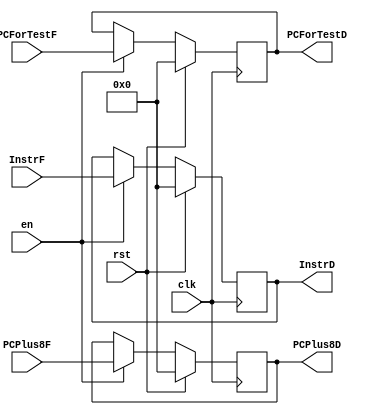
`timescale 1ns / 1ps
`default_nettype none 
module pipeRegD (
    input wire clk, rst, en,
    input wire [31:0] InstrF, PCPlus8F, PCForTestF,

    output reg [31:0] InstrD, PCPlus8D, PCForTestD
);
    always @(posedge clk) begin
        if (rst) begin
            InstrD <= 32'd0;
            PCPlus8D <= 32'd0;
            PCForTestD <= 32'd0;
        end else if (en) begin
            InstrD <= InstrF;
            PCPlus8D <= PCPlus8F;
            PCForTestD <= PCForTestF;
        end
    end
endmodule

module pipeRegE (
    input wire clk, rst,

    input wire [2:0] PCSrcD,
    input wire SignImmD,
    input wire [2:0] ByteEnControlD,
    input wire [2:0] MemDataControlD,
    input wire RegWriteD,
    input wire [2:0] RegDataSrcD,
    input wire [2:0]RegDstD,
    input wire [1:0] TuseD,
    input wire [1:0]TnewD,
    input wire [3:0] ALUControlD,
    input wire ALUSrcD,
    input wire StartD,
    input wire [3:0] MDUOPD,
    input wire [1:0] ReadHILOD,
    input wire [3:0] TimeD,

    input wire [31:0] RD1D,
    input wire [31:0] PCPlus8D,
    input wire [31:0] RD2D,
    input wire [31:0] PCForTestD,
    input wire [31:0] Imm32D,
    input wire [4:0] Instr25_21D,
    input wire [4:0] Instr20_16D,
    input wire [4:0] Instr15_11D,


    output reg [2:0] PCSrcE,
    output reg SignImmE,
    output reg [2:0] ByteEnControlE,
    output reg [2:0] MemDataControlE,
    output reg RegWriteE,
    output reg [2:0] RegDataSrcE,
    output reg [2:0] RegDstE,
    output reg [1:0] TuseE,
    output reg [1:0] TnewE,
    output reg [3:0] ALUControlE,
    output reg ALUSrcE,
    output reg StartE,
    output reg [3:0] MDUOPE,
    output reg [1:0] ReadHILOE,
    output reg [3:0] TimeE,

    output reg [31:0] RD1E,
    output reg [31:0] PCPlus8E,
    output reg [31:0] RD2E,
    output reg [31:0] PCForTestE,
    output reg [31:0] Imm32E,
    output reg [4:0] Instr25_21E,
    output reg [4:0] Instr20_16E,
    output reg [4:0] Instr15_11E
);
    always @(posedge clk) begin
        if (rst) begin
            PCSrcE <= 3'd0;
            SignImmE <= 1'd0;
            ByteEnControlE <= 3'd0;
            MemDataControlE <= 3'd0;
            RegWriteE <= 1'd0;
            RegDataSrcE <= 3'd0;
            RegDstE <= 3'd0;
            TuseE <= 2'd0; 
            TnewE <= 2'd0;
            ALUControlE <= 4'd0;
            ALUSrcE <= 1'd0;
            StartE <= 1'd0;
            MDUOPE <= 4'd0;
            ReadHILOE <= 2'd0;
            TimeE <= 4'd0;

            RD1E <= 32'd0;
            PCPlus8E <= 32'd0;
            RD2E <= 32'd0;
            PCForTestE <= 32'd0;
            Imm32E <= 32'd0;
            Instr25_21E <= 5'd0;
            Instr20_16E <= 5'd0;
            Instr15_11E <= 5'd0;
        end else begin
            PCSrcE <= PCSrcD;
            SignImmE <= SignImmD;
            ByteEnControlE <= ByteEnControlD;
            MemDataControlE <= MemDataControlD;
            RegWriteE <= RegWriteD;
            RegDataSrcE <= RegDataSrcD;
            RegDstE <= RegDstD;
            TuseE <= TuseD; 
            TnewE <= (TnewD == 2'd0) ? 2'd0 : (TnewD - 2'd1); 
            ALUControlE <= ALUControlD;
            ALUSrcE <= ALUSrcD;
            StartE <= StartD;
            MDUOPE <= MDUOPD;
            ReadHILOE <= ReadHILOD;
            TimeE <= TimeD;

            RD1E <= RD1D; 
            PCPlus8E <= PCPlus8D; 
            RD2E <= RD2D; 
            PCForTestE <= PCForTestD; 
            Imm32E <= Imm32D;
            Instr25_21E <= Instr25_21D;
            Instr20_16E <= Instr20_16D;
            Instr15_11E <= Instr15_11D;
        end
    end
endmodule

module pipeRegM (
    input wire clk, rst,
    
    input wire [2:0] PCSrcE,
    input wire SignImmE,
    input wire [2:0] ByteEnControlE,
    input wire [2:0] MemDataControlE,
    input wire RegWriteE,
    input wire [2:0] RegDataSrcE,
    input wire [2:0] RegDstE,
    input wire [1:0] TuseE,
    input wire [1:0] TnewE,
    input wire [3:0] ALUControlE,
    input wire ALUSrcE,
    input wire StartE,
    input wire [3:0] MDUOPE,
    input wire [1:0] ReadHILOE,
    input wire [3:0] TimeE,

    input wire [31:0] ALUResultE,
    input wire [31:0] PCPlus8E,
    input wire [31:0] PCForTestE,
    input wire [31:0] RD2ForwardResultE,
    input wire [4:0] WriteRegE,
    input wire [31:0] MDUResultE,


    output reg [2:0] PCSrcM,
    output reg SignImmM,
    output reg [2:0] ByteEnControlM,
    output reg [2:0] MemDataControlM,
    output reg RegWriteM,
    output reg [2:0] RegDataSrcM,
    output reg [2:0] RegDstM,
    output reg [1:0] TuseM,
    output reg [1:0] TnewM,
    output reg [3:0] ALUControlM,
    output reg ALUSrcM,
    output reg StartM,
    output reg [3:0] MDUOPM,
    output reg [1:0] ReadHILOM,
    output reg [3:0] TimeM,

    output reg [31:0] ALUResultM,
    output reg [31:0] PCPlus8M,
    output reg [31:0] PCForTestM,
    output reg [31:0] RD2ForwardResultM,
    output reg [4:0] WriteRegM,
    output reg [31:0] MDUResultM
);
    always @(posedge clk) begin
        if (rst) begin
            PCSrcM <= 3'd0;
            SignImmM <= 1'd0;
            ByteEnControlM <= 3'd0;
            MemDataControlM <= 3'd0;
            RegWriteM <= 1'd0;
            RegDataSrcM <= 3'd0;
            RegDstM <= 3'd0;
            TuseM <= 2'd0; 
            TnewM <= 2'd0;
            ALUControlM <= 4'd0;
            ALUSrcM <= 1'd0;
            StartM <= 1'd0;
            MDUOPM <= 4'd0;
            ReadHILOM <= 2'd0;
            TimeM <= 4'd0;

            ALUResultM <= 32'd0;
            PCPlus8M <= 32'd0;
            PCForTestM <= 32'd0;
            WriteRegM <= 5'd0;
            RD2ForwardResultM <= 32'd0;
            MDUResultM <= 32'd0;
        end else begin
            PCSrcM <= PCSrcE;
            SignImmM <= SignImmE;
            ByteEnControlM <= ByteEnControlE;
            MemDataControlM <= MemDataControlE;
            RegWriteM <= RegWriteE;
            RegDataSrcM <= RegDataSrcE;
            RegDstM <= RegDstE;
            TuseM <= TuseE; 
            TnewM <= (TnewE == 2'd0) ? 2'd0 : (TnewE - 2'd1); 
            ALUControlM <= ALUControlE;
            ALUSrcM <= ALUSrcE;
            StartM <= StartE;
            MDUOPM <= MDUOPE;
            ReadHILOM <= ReadHILOE;
            TimeM <= TimeE;

            ALUResultM <= ALUResultE;
            PCPlus8M <= PCPlus8E;
            PCForTestM <= PCForTestE;
            WriteRegM <= WriteRegE;
            RD2ForwardResultM <= RD2ForwardResultE;
            MDUResultM <= MDUResultE;
        end
    end    
endmodule

module pipeRegW (
    input wire clk, rst,

    input wire [2:0] RegDataSrcM,
    input wire RegWriteM,
    input wire [1:0] TnewM,
    
    input wire [31:0] ALUResultM,
    input wire [31:0] MemoryDataM,
    input wire [31:0] PCPlus8M,
    input wire [4:0] WriteRegM,
    input wire [31:0] PCForTestM,
    input wire [31:0] MDUResultM,


    output reg [2:0] RegDataSrcW,
    output reg RegWriteW,
    output reg [1:0] TnewW,

    output reg [31:0] ALUResultW,
    output reg [31:0] MemoryDataW,
    output reg [31:0] PCPlus8W,
    output reg [4:0] WriteRegW,
    output reg [31:0] PCForTestW,
    output reg [31:0] MDUResultW
);
    always @(posedge clk) begin
        if (rst) begin
            RegDataSrcW <= 3'd0;
            RegWriteW <= 1'd0;
            TnewW <= 2'd0;
            ALUResultW <= 32'd0;
            MemoryDataW <= 32'd0;
            PCPlus8W <= 32'd0;
            WriteRegW <= 5'd0;
            PCForTestW <= 32'd0;
            MDUResultW <= 32'd0;
        end else begin
            RegDataSrcW <= RegDataSrcM;
            RegWriteW <= RegWriteM;
            TnewW <= (TnewM == 2'd0) ? 2'd0 : (TnewM - 2'd1) ;
            ALUResultW <= ALUResultM;
            MemoryDataW <= MemoryDataM;
            PCPlus8W <= PCPlus8M;
            WriteRegW <= WriteRegM;
            PCForTestW <= PCForTestM;
            MDUResultW <= MDUResultM;
        end
    end
endmodule